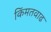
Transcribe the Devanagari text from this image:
किंमतवाढ